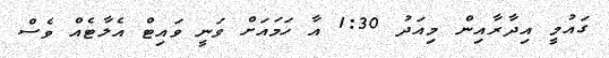
ގައުމީ އިދާރާއިން މިއަދު 1:30 އާ ހަމައަށް ވަނީ ވައިޓް އެލާޓެއް ވެސް